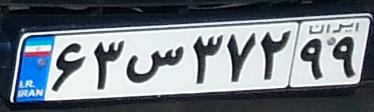
۶۳س۳۷۲۹۹